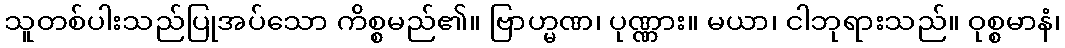
သူတစ်ပါးသည်ပြုအပ်သော ကိစ္စမည်၏။ ဗြာဟ္မဏ၊ ပုဏ္ဏား။ မယာ၊ ငါဘုရားသည်။ ဝုစ္စမာနံ၊